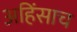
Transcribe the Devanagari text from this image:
अहिंसाच